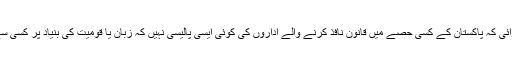
انہوں نے یقین دہانی کرائی کہ پاکستان کے کسی حصے میں قانون نافذ کرنے والے اداروں کی کوئی ایسی پالیسی نہیں کہ زبان یا قومیت کی بنیاد پر کسی سے کارروائی کی جائے۔